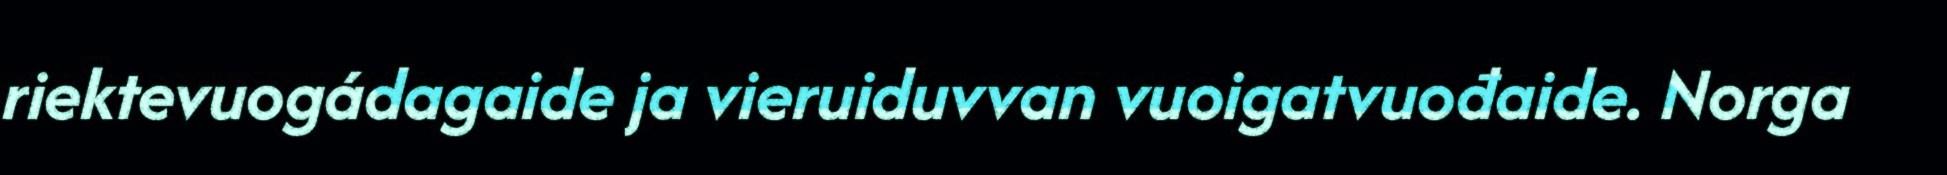
riektevuogádagaide ja vieruiduvvan vuoigatvuođaide. Norga